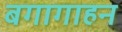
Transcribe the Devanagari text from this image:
बगागाहन